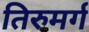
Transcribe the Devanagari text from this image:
तिरुमर्ग